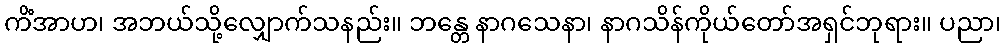
ကိံအာဟ၊ အဘယ်သို့လျှောက်သနည်း။ ဘန္တေ နာဂသေနာ၊ နာဂသိန်ကိုယ်တော်အရှင်ဘုရား။ ပညာ၊